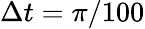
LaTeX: \Delta t=\pi/100